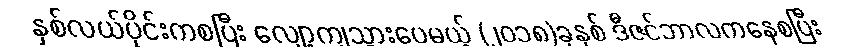
နှစ်လယ်ပိုင်းကစပြီး လျော့ကျသွားပေမယ့် (၂၀၁၈)ခုနှစ် ဒီဇင်ဘာလကနေစပြီး